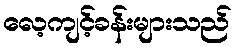
လေ့ကျင့်ခန်းများသည်